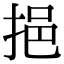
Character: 挹